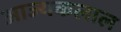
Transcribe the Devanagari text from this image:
आज्यकलाल